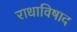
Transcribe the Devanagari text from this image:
राधाविषाद